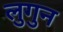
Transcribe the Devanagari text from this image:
लुगुन